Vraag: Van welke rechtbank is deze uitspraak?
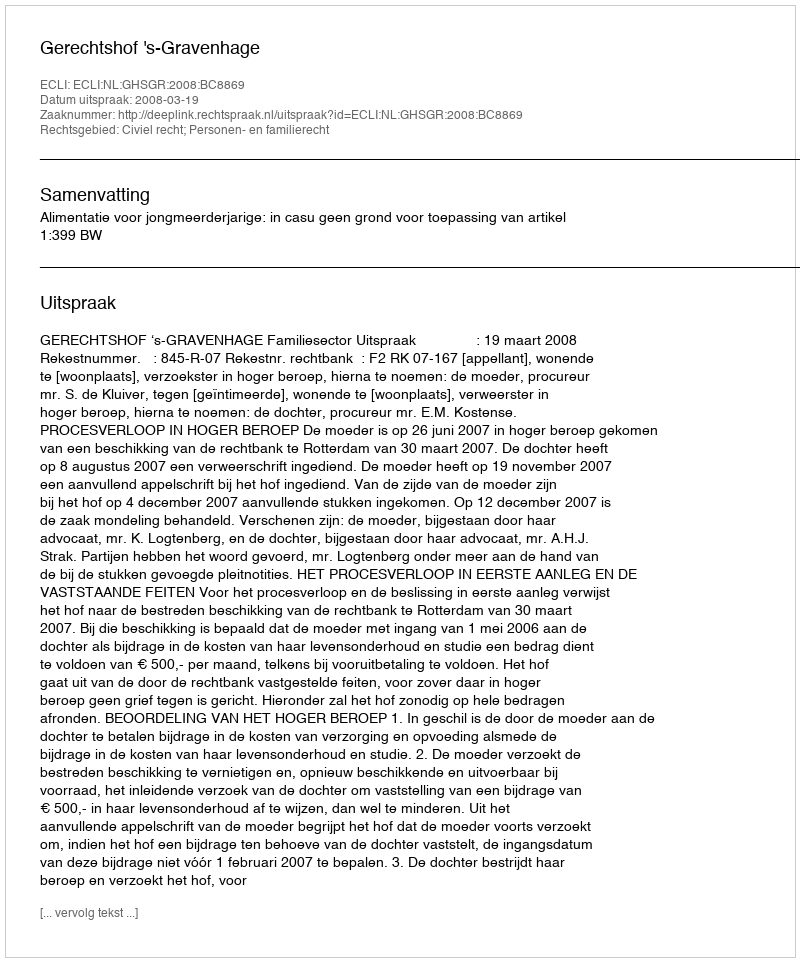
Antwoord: Gerechtshof 's-Gravenhage